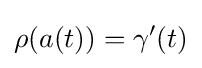
\rho (a(t))=\gamma '(t)